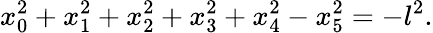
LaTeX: x_{0}^{2}+x_{1}^{2}+x_{2}^{2}+x_{3}^{2}+x_{4}^{2}-x_{5}^{2}=-l^{2}.